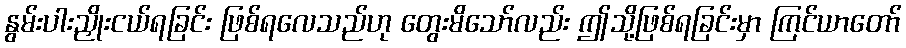
နွမ်းပါးညှိုးငယ်ရခြင်း ဖြစ်ရလေသည်ဟု တွေးမိသော်လည်း ဤသို့ဖြစ်ရခြင်းမှာ ကြင်ယာတော်